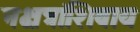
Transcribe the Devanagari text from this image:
नक्षत्रांशिवाय